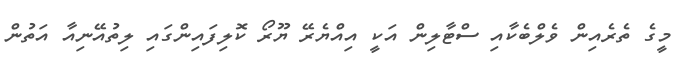
މީގެ ތެރެއިން ވެލްބެކާއި ސްޓާލިން އަކީ އިއްޔެރޭ ޔޫރޯ ކޮލިފައިންގައި ލިތުއޭނިއާ އަތުން